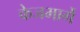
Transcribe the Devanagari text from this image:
केजमार्गे